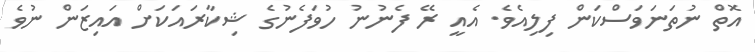
އޮތް ނުތަނަވަސްކަން ފިލިއެވެ. އެއީ ރޭ ފެނުނު ހުވަފެނުގެ ޝިކާރައަކަށް އައިޒަން ނުވެ